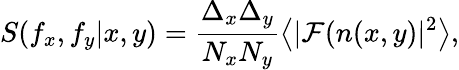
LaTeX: S(f_{x},f_{y}|x,y)=\frac{{\Delta_{x}}{\Delta_{y}}}{N_{x}N_{y}}\left<|\mathcal{F}(n(x,y)|^{2}\right>,